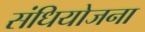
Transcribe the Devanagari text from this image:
संधियोजना